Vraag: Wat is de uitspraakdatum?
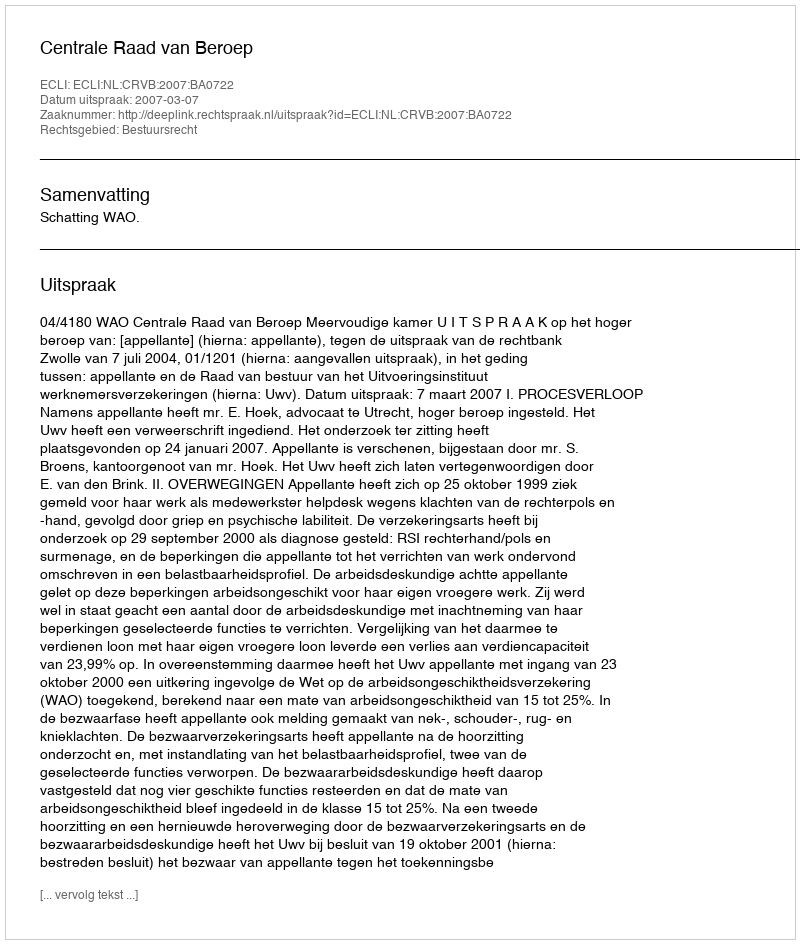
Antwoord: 2007-03-07